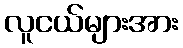
လူငယ်များအား